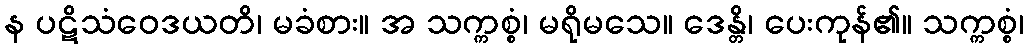
န ပဋိသံဝေဒယတိ၊ မခံစား။ အ သက္ကစ္စံ၊ မရိုမသေ။ ဒေန္တိ၊ ပေးကုန်၏။ သက္ကစ္စံ၊